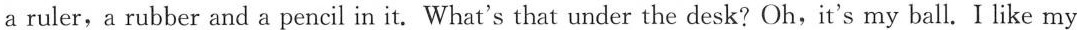
a ruler，a rubber and a pencil in it. What's that under the desk? Oh,it's my ball. I like my